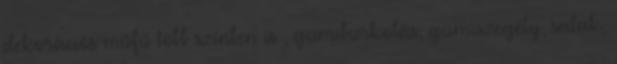
dekorációs műfű több színben is , gumiburkolás, gumiszegély, salak,